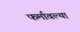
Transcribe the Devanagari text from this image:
फर्मावल्या